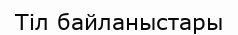
Тіл байланыстары